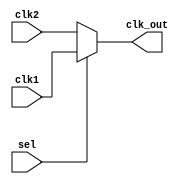
// SPDX-License-Identifier: Apache-2.0
// Copyright (C) 2019 Intel Corporation. 
module cfg_cmn_clk_mux (
  input  clk1,
  input  clk2,
  input  sel,
  output clk_out
);

  assign clk_out = sel ? clk1 : clk2;

endmodule